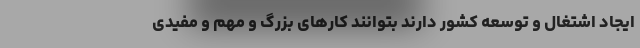
ایجاد اشتغال و توسعه کشور دارند بتوانند کارهای بزرگ و مهم و مفیدی